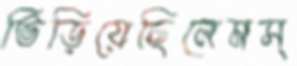
ভিড়িয়েছিলেমস্